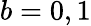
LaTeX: b=0,1